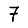
Digit: 7